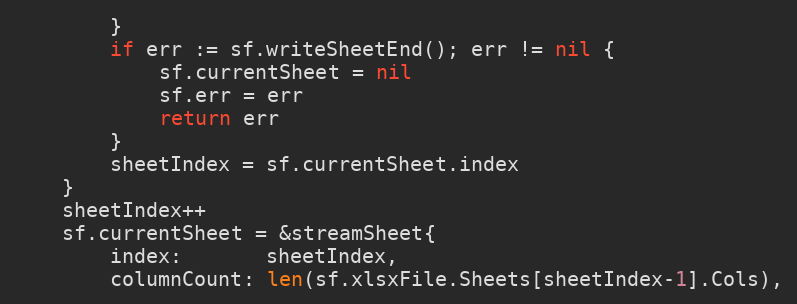
Language: Go
		}
		if err := sf.writeSheetEnd(); err != nil {
			sf.currentSheet = nil
			sf.err = err
			return err
		}
		sheetIndex = sf.currentSheet.index
	}
	sheetIndex++
	sf.currentSheet = &streamSheet{
		index:       sheetIndex,
		columnCount: len(sf.xlsxFile.Sheets[sheetIndex-1].Cols),